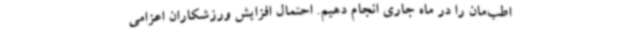
اطب‌مان را در ماه جاری انجام دهیم. احتمال افزایش ورزشکاران اعزامی